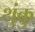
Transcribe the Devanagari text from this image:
थुंकु